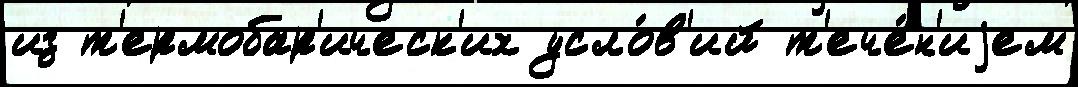
из т'ермобар'ическ'их усло́в'ий т'ече́н'иjем